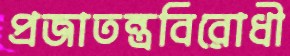
প্রজাতন্ত্রবিরোধী